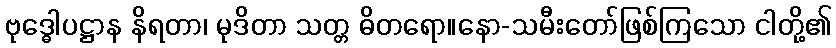
ဗုဒ္ဓေါပဋ္ဌာန နိရတာ၊ မုဒိတာ သတ္တ ဓိတရော။နော-သမီးတော်ဖြစ်ကြသော ငါတို့၏